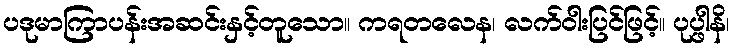
ပဒုမာကြာပန်းအဆင်းနှင့်တူသော။ ကရတလေန၊ လက်ဝါးပြင်ဖြင့်။ ပုပ္ဖါနိ၊